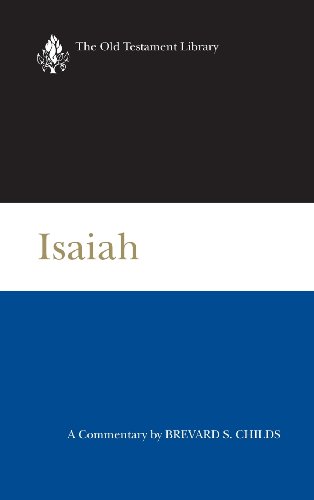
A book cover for Isaiah (2000): A Commentary (Old Testament Library); Brevard S. Childs; Christian Books & Bibles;